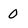
Character: 0